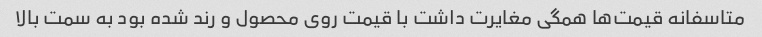
متاسفانه قیمت‌ها همگی مغایرت داشت با قیمت روی محصول و رند شده بود به سمت بالا